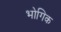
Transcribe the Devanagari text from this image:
भोगिक